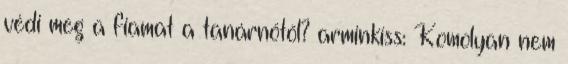
védi meg a fiamat a tanárnőtől? arminkiss: Komolyan nem